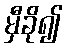
မှီခို၍